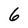
Character: 6